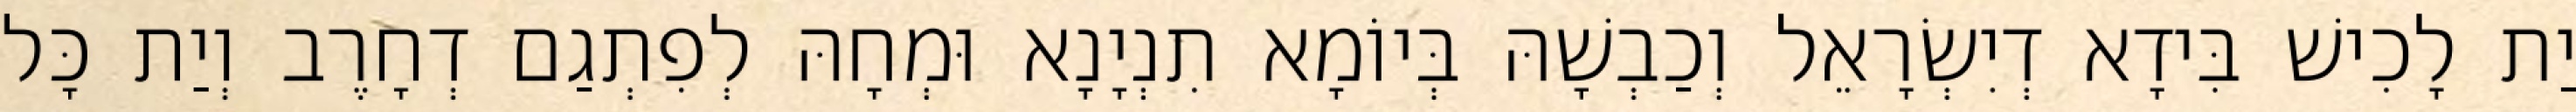
יַת לָכִישׁ בִּידָא דְיִשְׂרָאֵל וְכַבְשָׁהּ בְּיוֹמָא תִנְיָנָא וּמְחָהּ לְפִתְגַם דְחָרֶב וְיַת כָּל